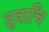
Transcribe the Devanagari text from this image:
तुवाचि